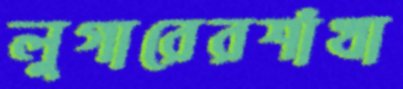
লুগারেরশাঁখা